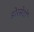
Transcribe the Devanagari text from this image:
डोरसेटों